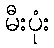
မီးပုံး